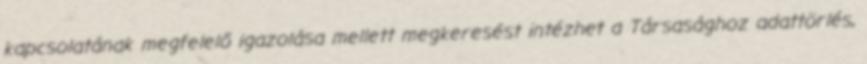
kapcsolatának megfelelő igazolása mellett megkeresést intézhet a Társasághoz adattörlés,